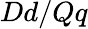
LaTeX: Dd/Qq